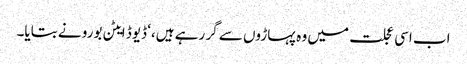
اب اسی عجلت میں وہ پہاڑوں سے گر رہے ہیں،‘ ڈیوڈ ایٹن بورو نے بتایا۔